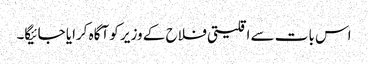
اس بات سے اقلیتی فلاح کے وزیر کو آگاہ کرایا جائیگا۔